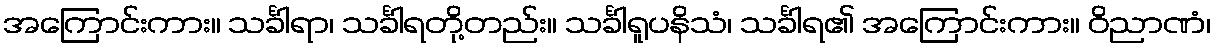
အကြောင်းကား။ သင်္ခါရာ၊ သင်္ခါရတို့တည်း။ သင်္ခါရူပနိသံ၊ သင်္ခါရ၏ အကြောင်းကား။ ဝိညာဏံ၊